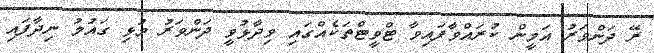
ރޭ ދަންވަރު އަމީން ކުރައްވާފައިވާ ޓްވީޓްތަކެއްގައި ވިދާޅުވީ ދަންވަރު މުޅި ގައުމު ނިދާފައި